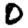
Digit: 0